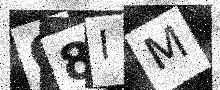
Text: O8IM